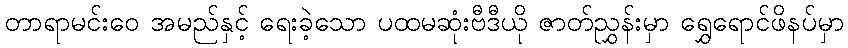
တာရာမင်းဝေ အမည်နှင့် ရေးခဲ့သော ပထမဆုံးဗီဒီယို ဇာတ်ညွှန်းမှာ ရွှေရောင်ဖိနပ်မှာ